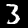
Digit: 3